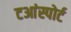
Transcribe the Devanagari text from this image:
टआंस्पोर्ट